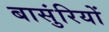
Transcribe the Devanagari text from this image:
बासुंरियों